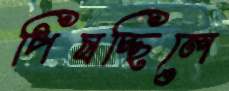
পিষচ্ছিলে